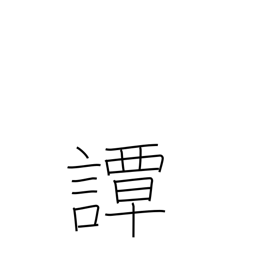
Meaning: talk